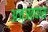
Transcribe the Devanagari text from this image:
अज्ञतवास